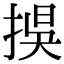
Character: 捑